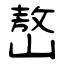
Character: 嶅